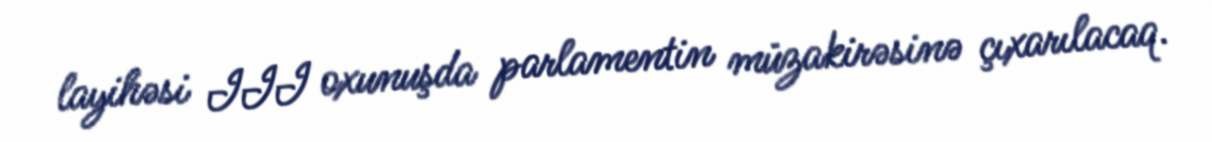
layihəsi III oxunuşda parlamentin müzakirəsinə çıxarılacaq.